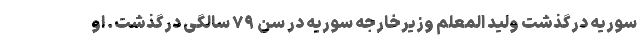
سوریه درگذشت ولید المعلم وزیرخارجه سوریه در سن ۷۹ سالگی درگذشت. او